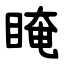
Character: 䁆